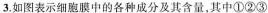
3.如图表示细胞膜中的各种成分及其含量，其中①②③